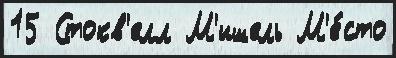
15 Стокв'елл М'ишель М'е́сто